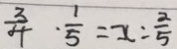
\frac { 3 } { 4 } \cdot \frac { 1 } { 5 } = x : \frac { 2 } { 5 }